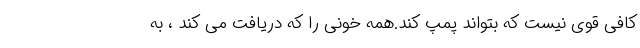
کافی قوی نیست که بتواند پمپ کند.همه خونی را که دریافت می کند ، به